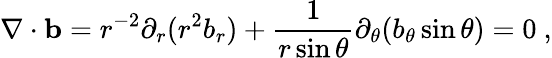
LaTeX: \nabla\cdot{\mathbf{b}}=r^{-2}\partial_{r}(r^{2}b_{r})+\frac{1}{r\sin\theta}\partial_{\theta}(b_{\theta}\sin\theta)=0\ ,